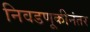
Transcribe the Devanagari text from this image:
निवडणूकीनंतर